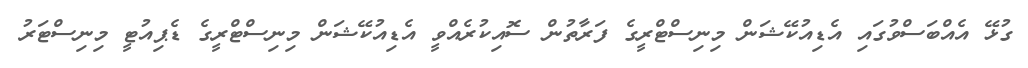
ގުޅޭ އެއްބަސްވުުގައި އެޑިއުކޭޝަން މިނިސްޓްރީގެ ފަރާތުން ސޮއިކުރެއްވީ އެޑިއުކޭޝަން މިނިސްޓްރީގެ ޑެޕިއުޓީ މިނިސްޓަރު